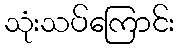
သုံးသပ်ကြောင်း